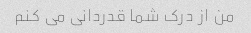
من از درک شما قدردانی می کنم